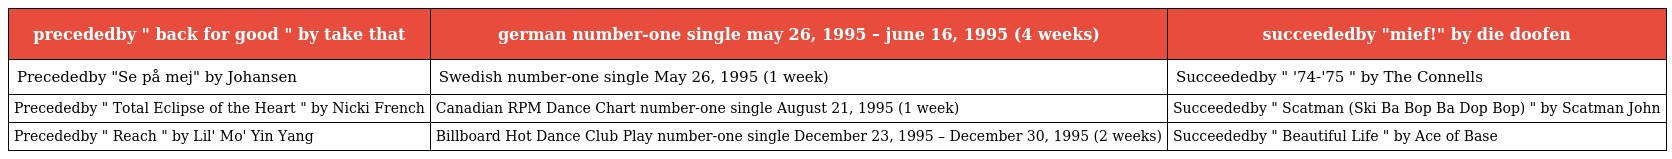
| precededby " back for good " by take that | german number-one single may 26, 1995 – june 16, 1995 (4 weeks) | succeededby "mief!" by die doofen |
 | --- | --- | --- |
 | Precededby "Se på mej" by Johansen | Swedish number-one single May 26, 1995 (1 week) | Succeededby " '74-'75 " by The Connells |
 | Precededby " Total Eclipse of the Heart " by Nicki French | Canadian RPM Dance Chart number-one single August 21, 1995 (1 week) | Succeededby " Scatman (Ski Ba Bop Ba Dop Bop) " by Scatman John |
 | Precededby " Reach " by Lil' Mo' Yin Yang | Billboard Hot Dance Club Play number-one single December 23, 1995 – December 30, 1995 (2 weeks) | Succeededby " Beautiful Life " by Ace of Base |